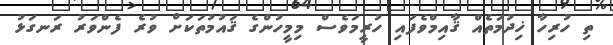
ތި ހުރިހާ ޚިދުމަތެއް ޤާއިމްވެފައި ހުރީމަވެސް މިމީހުންގެ ޤައުމުތަކަށް ވުރެ ފެންވަރު ރަނގަޅު